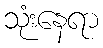
သုံးနေရာ